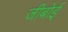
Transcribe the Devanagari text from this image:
जीबोई